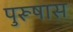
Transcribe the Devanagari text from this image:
पुरूषास